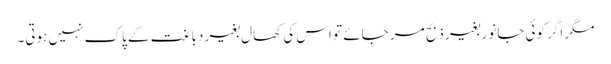
مگر اگر کوئی جانور بغیر ذبح مر جائے تو اس کی کھال بغیر دباغت کے پاک نہیں ہوتی۔